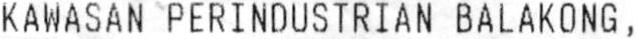
KAWASAN PERINDUSTRIAN BALAKONG ,